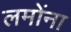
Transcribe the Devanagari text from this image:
लमोंना